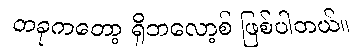
တခုကတော့ ရိုဘလော့စ် ဖြစ်ပါတယ်။